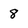
Character: 8